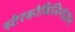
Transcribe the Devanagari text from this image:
स्टेरकोबिलिनोज़ेन